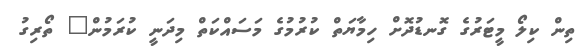
ތިން ކިލޯ މީޓަރުގެ ގޮނޑުދޮށް ހިމާޔަތް ކުރުމުގެ މަސައްކަތް މިދަނީ ކުރަމުން" ތޯރިގު